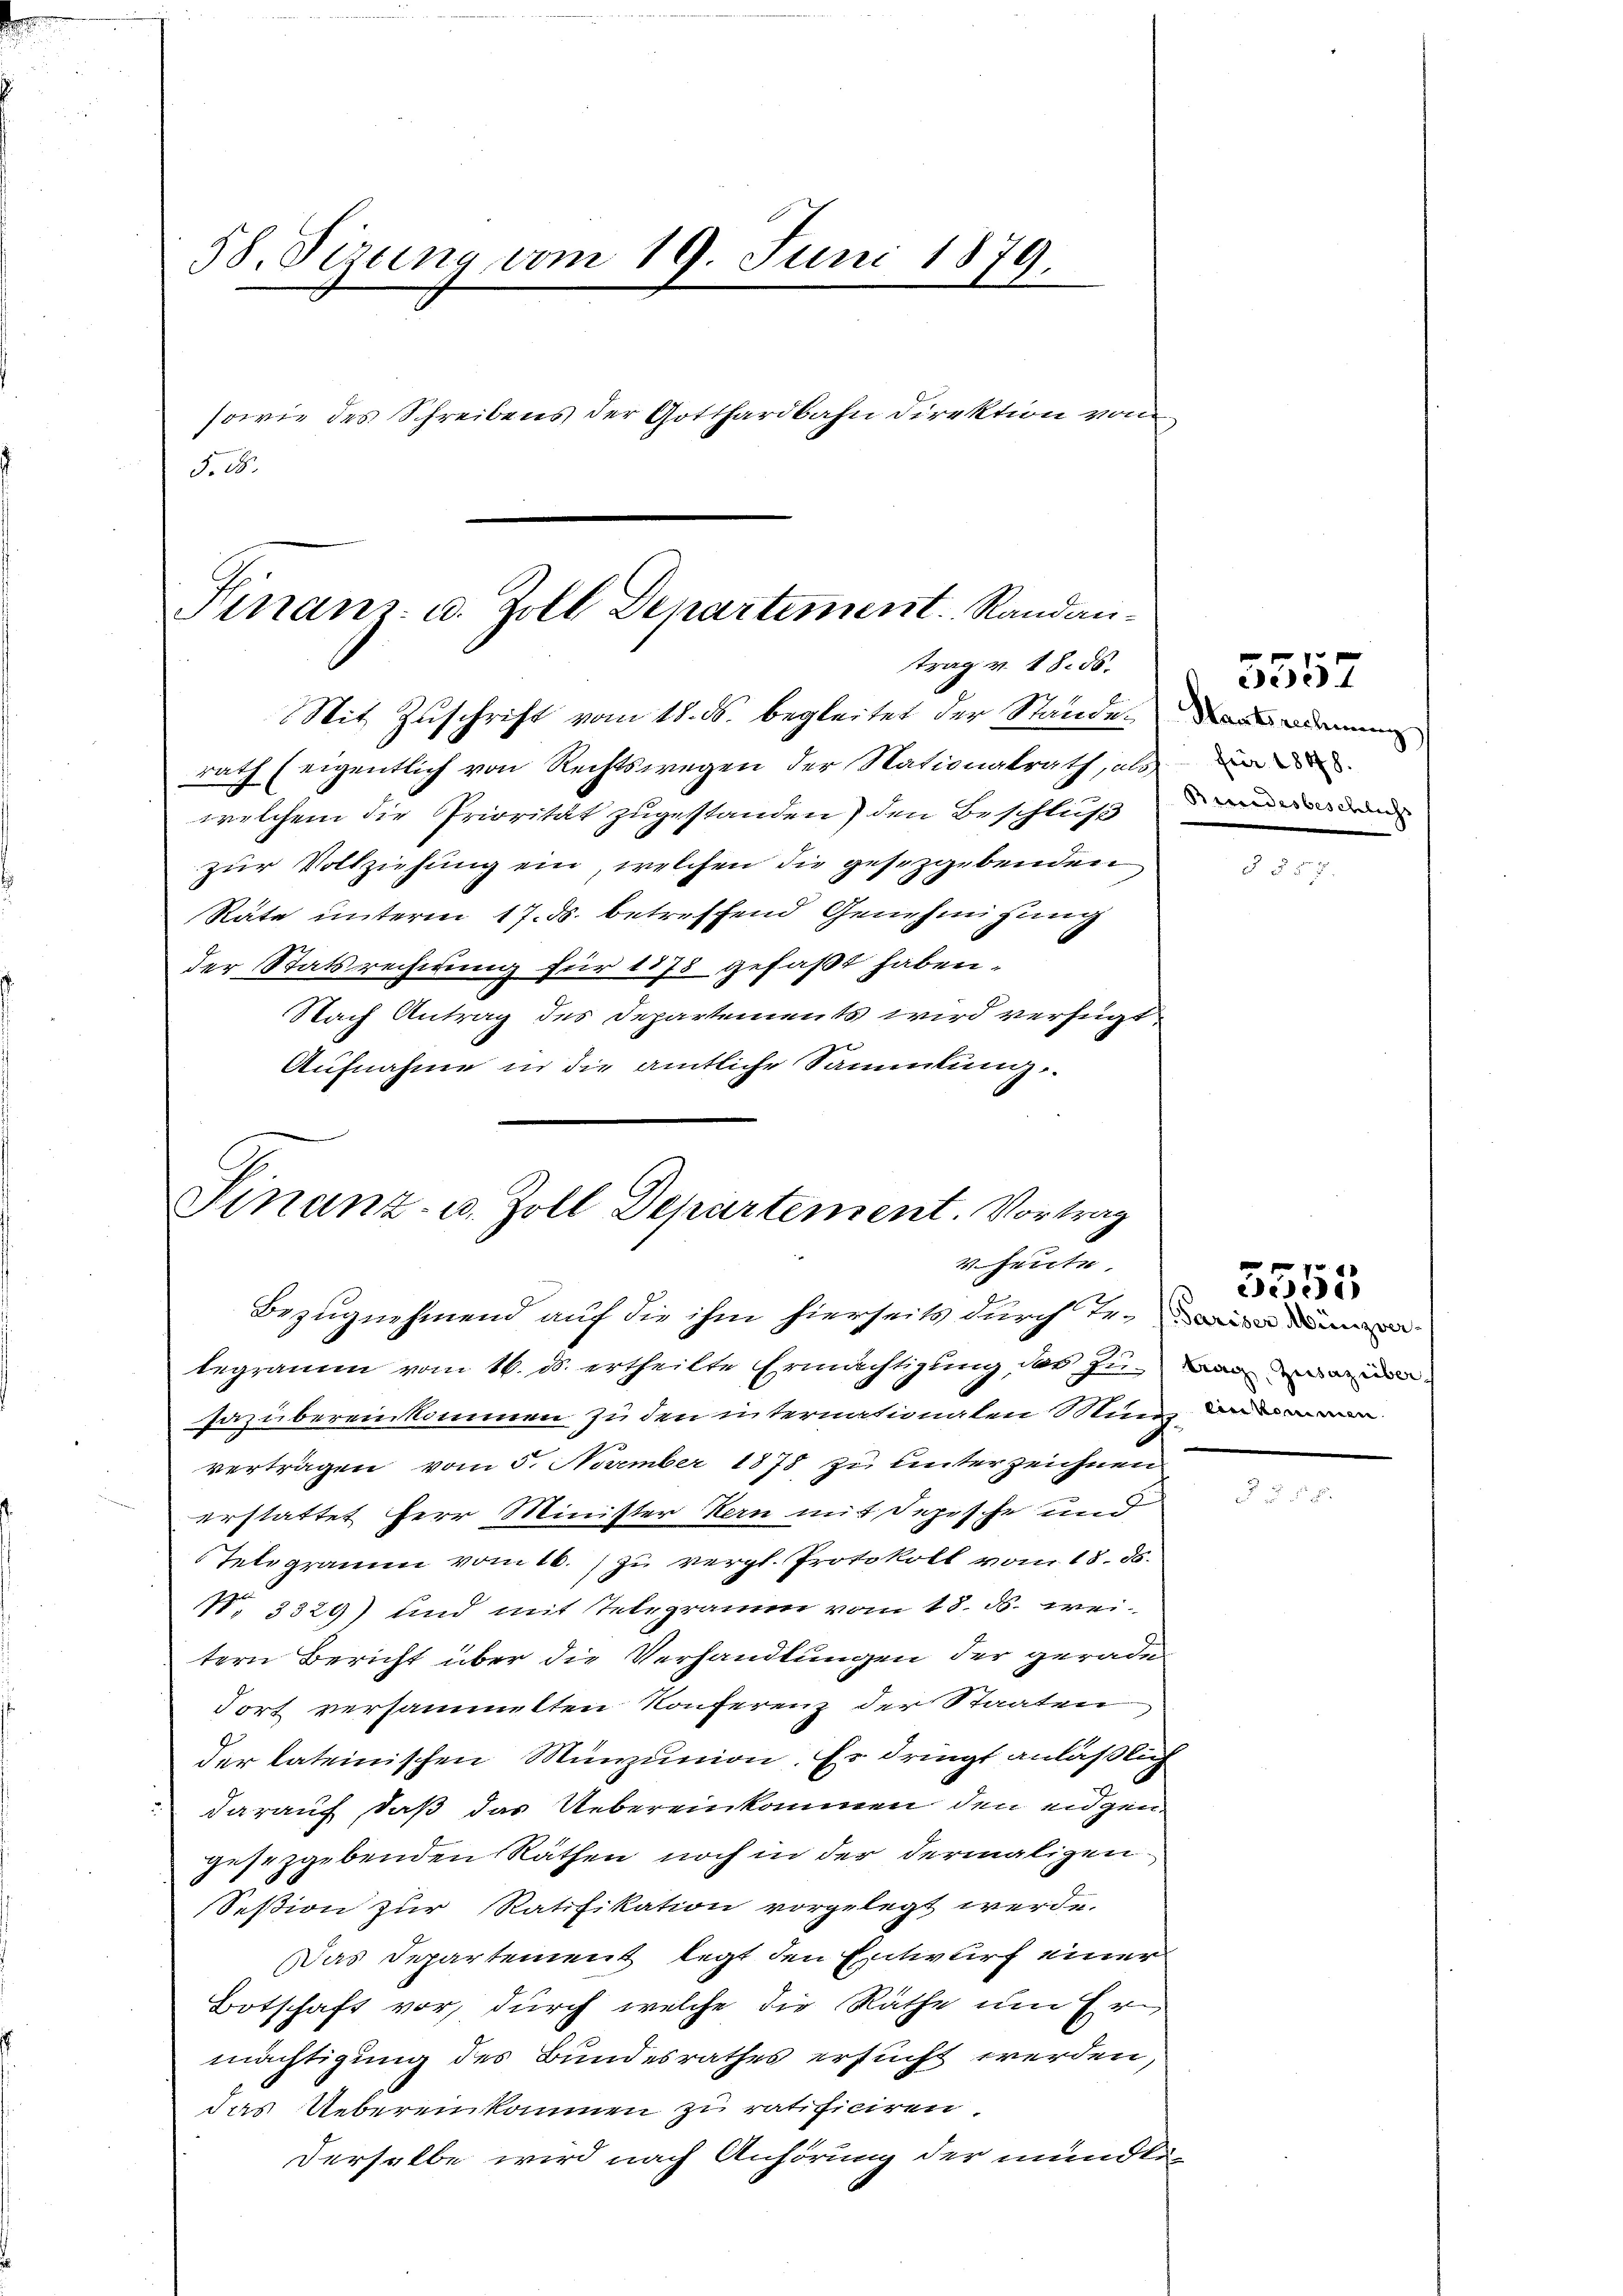
58. Sizung vom 19. Juni 1879.
sowie des Schreibens der Gotthardbahn Direktion von
5. 85.

Finans u. Zoll Departement. Randan-
trag v. 18. ds.
Mit Zŭschrift vom 18. ds. begleitet der Stande.

rath (eigentlich von Rechtswegen der Nationalrath, als
welchem die Priorität zugestanden, den Beschluß
zur Vollziehung ein, welchen die gesetzgebenden
Rate unterm 17. ds. betreffend Genehmigung
der Statsrechnung für 1878 gefaßt haben.
Nach Antrag des Departements wird verfügt
Aufnahme in die amtliche Sammlung

Finanz- u. Zoll Departement. Vortrag
v heute,
Bezugnehmend auf die ihm hierseits durch Er¬

legramm vom 16. ds. ertheilte Ermächtigung das zuwar
sazübereinkommen zu den internationalen in d
verträgen vom 5. November 1878 zu unterzeichnen
erstattet Herr Minister Kern mit Depesche und
Telegramm vom 16. zu vergl. Protokoll vom 18. ds.
V. 3329) und mit Telegramm vom 18. ds. weitern Bericht über die Verhandlungen der gerade
Fort versammtten Konferenz der Staaten
der lateinischen Münzunion. Es dringt anläßlich
darauf, daß das Uebereinkommen den eidgen
gesetzgebenden Räthen noch in der dermaligen
Session zur Ratifikation vorgelegt werde.
Das Departement legt den Entwurf einer
Botschaft vor, durch welche die Räthe um Er
mächtigung des Bundesrathes ersucht werden,
das Uebereinkommen zu ratificiren.
derselbe wird nach Anhörung der mündli-

Staatsrechnung
für 1848.
Brandes beschlichs

3357

2 x
551